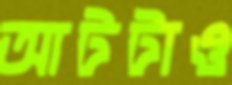
আটটাও